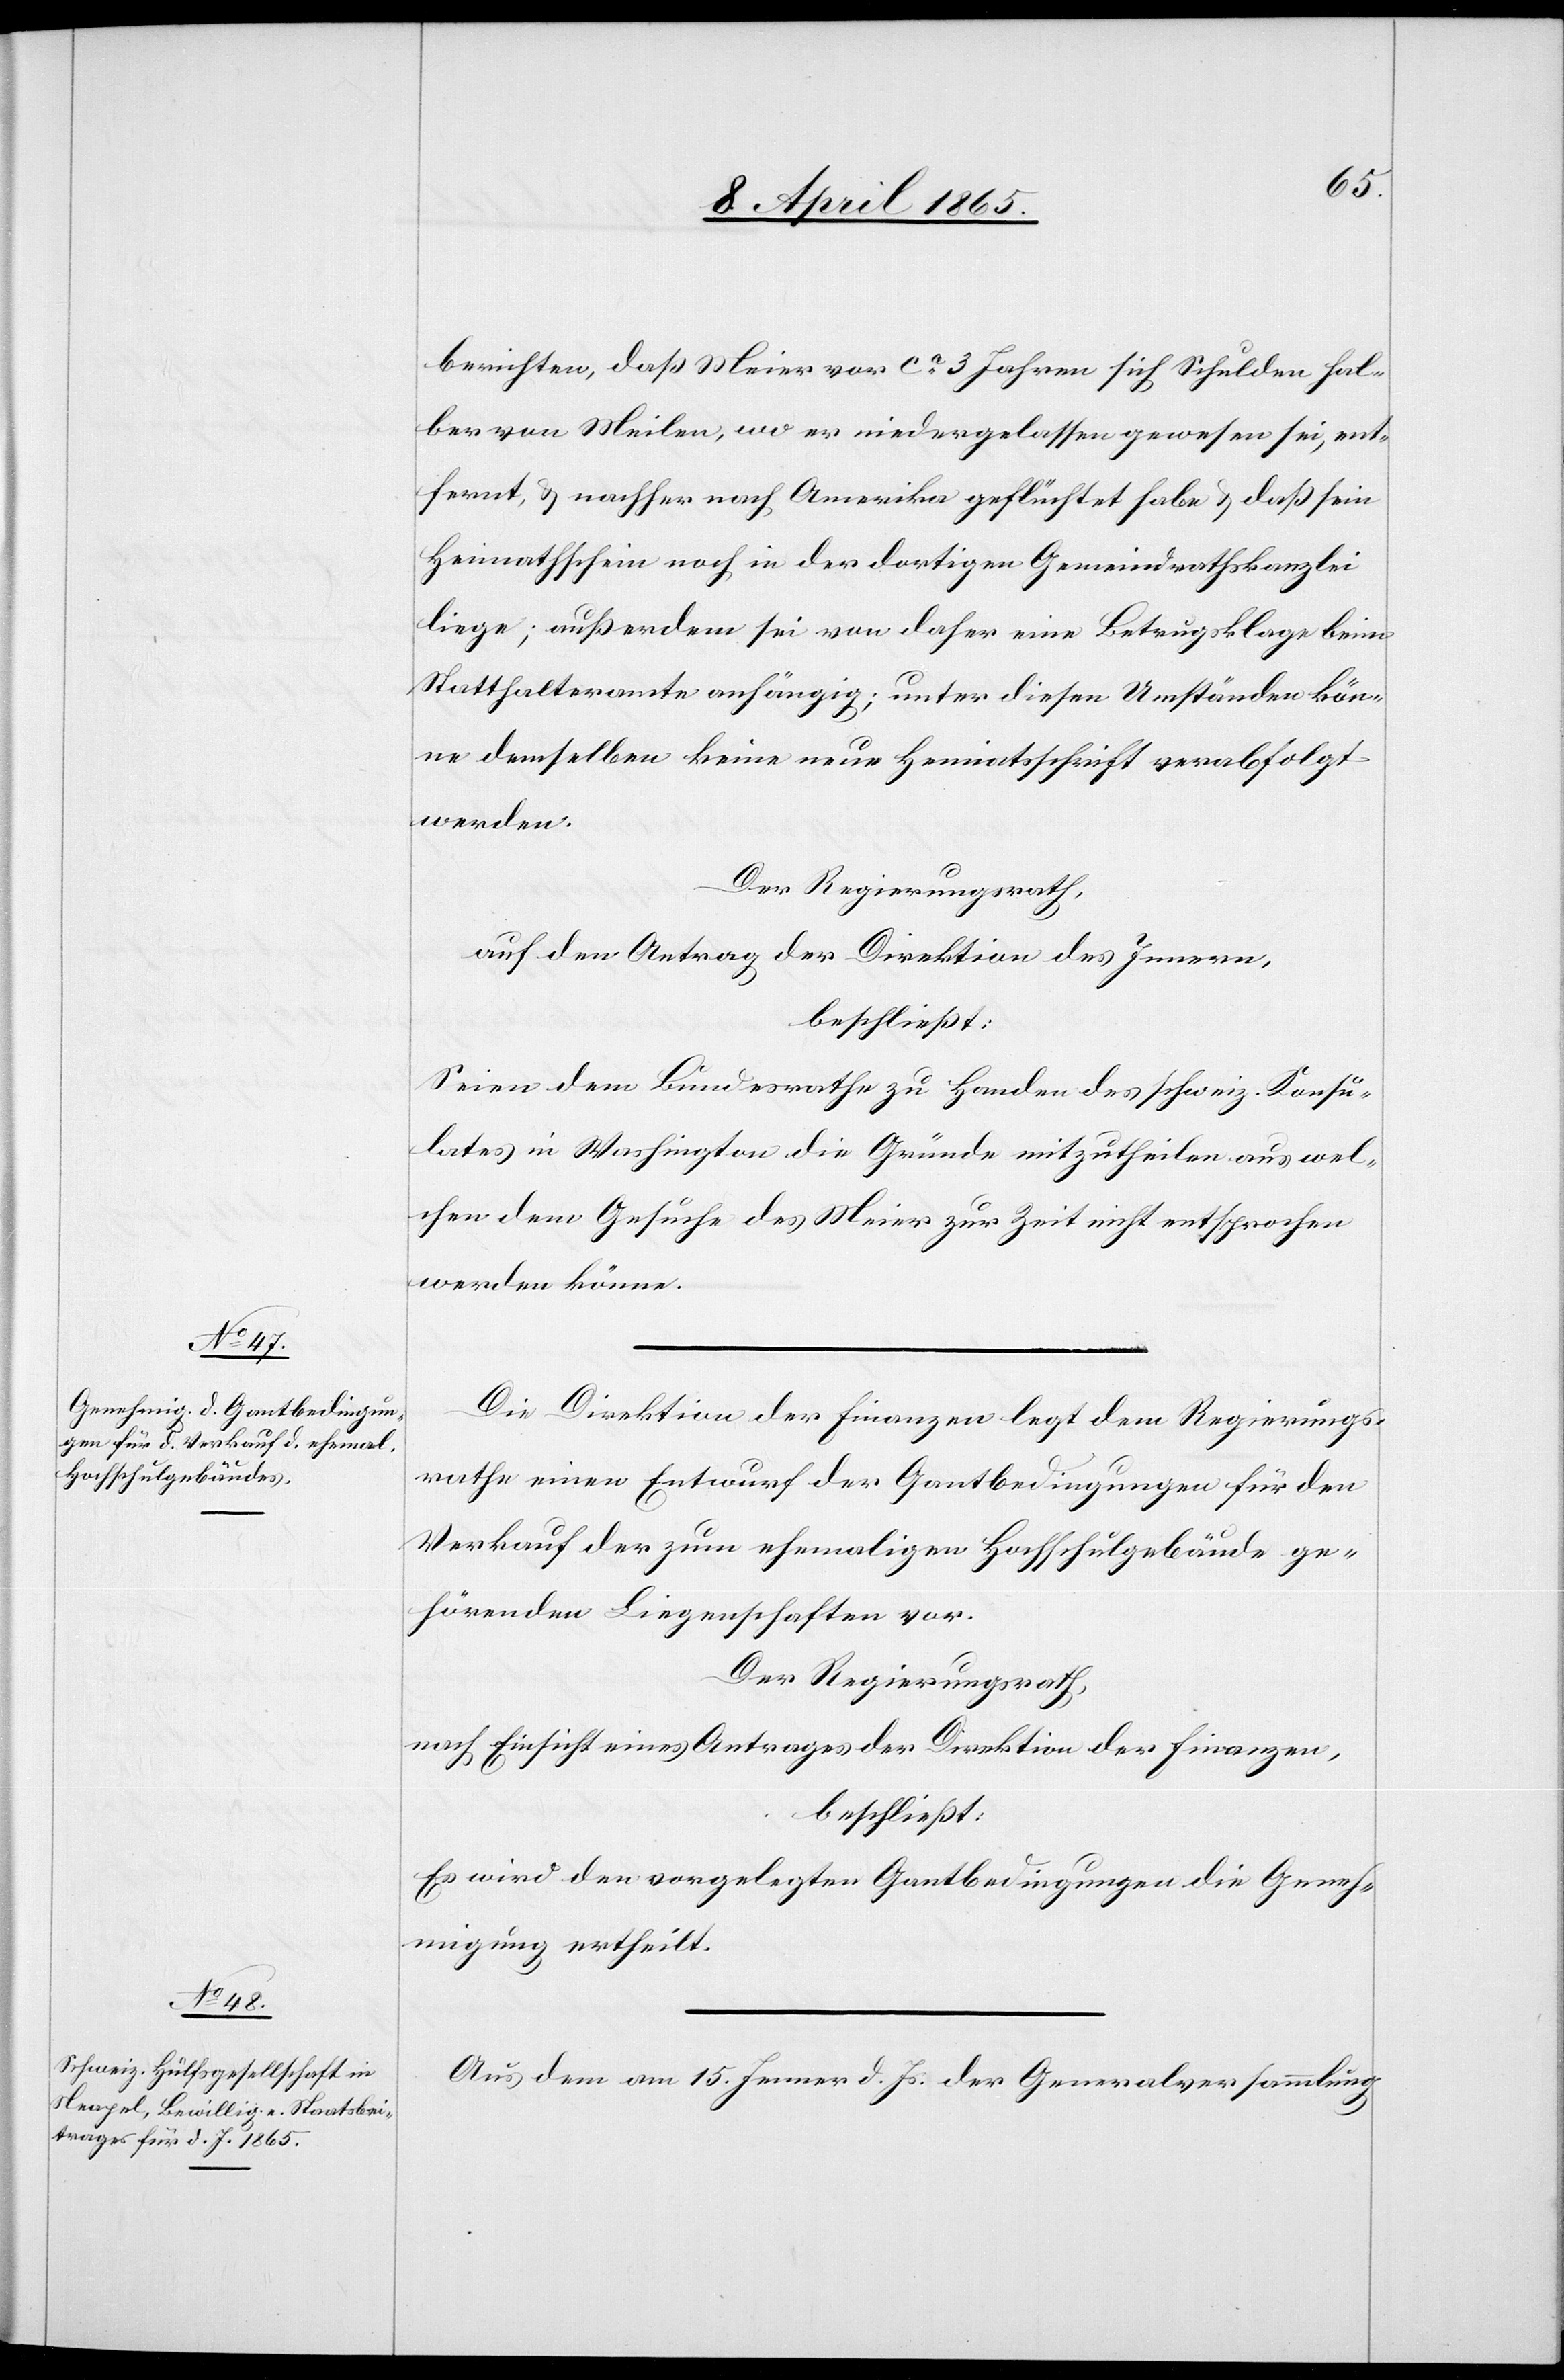
berichten, daß Meier vor ca 3 Jahren sich Schulden hal¬
ber von Meilen, wo er niedergelassen gewesen sei, ent¬
fernt, & nachher nach Amerika geflüchtet habe & daß sein
Heimatschein noch in der dortigen Gemeindrathskanzlei
liege; außerdem sei von daher eine Betrugsklage beim
Statthalteramte anhängig; unter diesen Umständen kön¬
ne demselben keine neue Heimatschrift verabfolgt
werden.
Der Regierungsrath,
auf den Antrag der Direktion des Innern,
beschließt:
Seien dem Bundesrathe zu Handen des schweiz. Konsu¬
lates in Washington die Gründe mitzutheilen aus wel¬
chen dem Gesuche des Meier zur Zeit nicht entsprochen
werden könne.
Die Direktion der Finanzen legt dem Regierungs¬
rathe einen Entwurf der Gantbedingungen für den
Verkauf der zum ehemaligen Hochschulgebäude ge¬
hörenden Liegenschaften vor.
Der Regierungsrath,
nach Einsicht eines Antrages der Direktion der Finanzen,
beschließt:
Es wird den vorgelegten Gantbedingungen die Geneh¬
migung erheilt.
Aus dem am 15. Jenner d. Js. der Generalversammlung